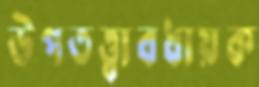
উপতত্ত্বাবধায়ক